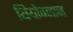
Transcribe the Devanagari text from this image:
थियोग्नाज